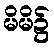
မိမိ၌